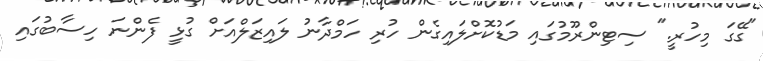
"ގޭގަ މިހުރީ." ސިޓިންރޫމުގައި މަޑުކޮށްލައިގެން ހުރި ހަމްދާނު ލައިޒަލްއަށް ގުޅީ ފެންނަ ހިސާބުގައި